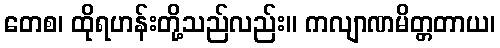
တေစ၊ ထိုရဟန်းတို့သည်လည်း။ ကလျာဏမိတ္တတာယ၊